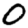
Digit: 0